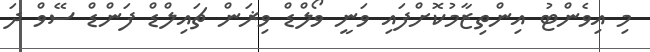
މި އިވެންޓު އިންތިޒާމުކޮށްފައި ވަނީ ވޯލްޑް ވިޜަން ޗައިލްޑް ފަންޑް ސޭވް ދަ